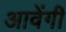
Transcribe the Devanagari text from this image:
आवेंगी